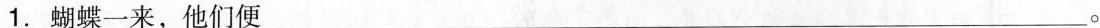
1. 蝴蝶一来，他们便___∘